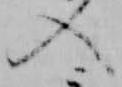
入